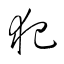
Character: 犯